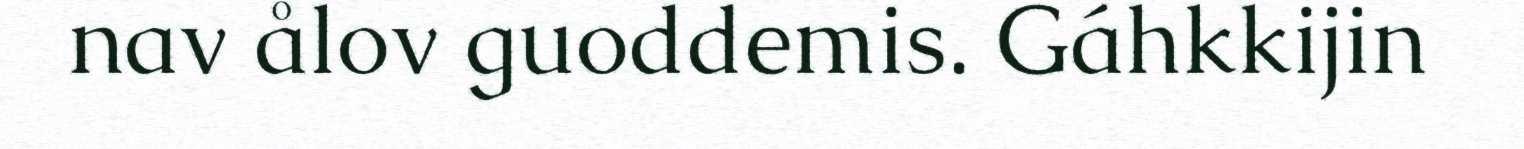
nav ålov guoddemis. Gáhkkijin